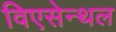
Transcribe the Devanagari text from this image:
विएसेन्थल